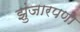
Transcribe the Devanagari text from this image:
झुंजारपणा